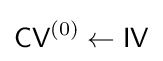
{\textsf {CV}}^{(0)}\leftarrow {\textsf {IV}}